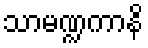
သာမဏ္ဍကာနိ